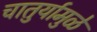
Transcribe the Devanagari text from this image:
चातुर्यामुळे